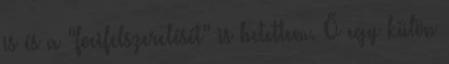
is és a "focifelszerelését" is betettem. Ő egy külön